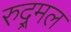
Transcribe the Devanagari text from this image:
रुद्र्मल